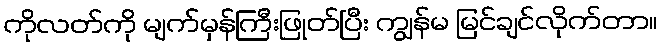
ကိုလတ်ကို မျက်မှန်ကြီးဖြုတ်ပြီး ကျွန်မ မြင်ချင်လိုက်တာ။